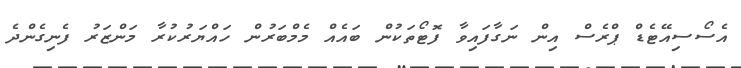
އެސޯސިއޭޓެޑް ޕްރެސް އިން ނަގާފައިވާ ފޮޓޯތަކުން ބައެއް މެމްބަރުން ހައްޔަރުކުރާ މަންޒަރު ފެނިގެންދެ